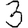
Digit: 3